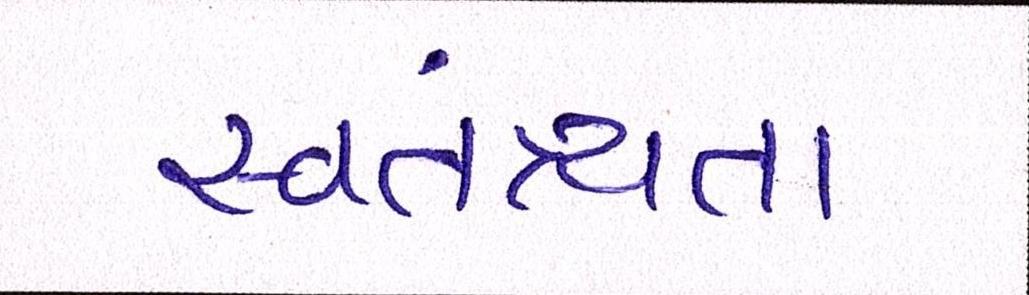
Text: સ્વતંત્ર્યતા